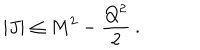
LaTeX: | J | \leq M ^ { 2 } - \frac { Q ^ { 2 } } { 2 } \: .